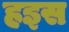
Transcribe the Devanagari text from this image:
हइस